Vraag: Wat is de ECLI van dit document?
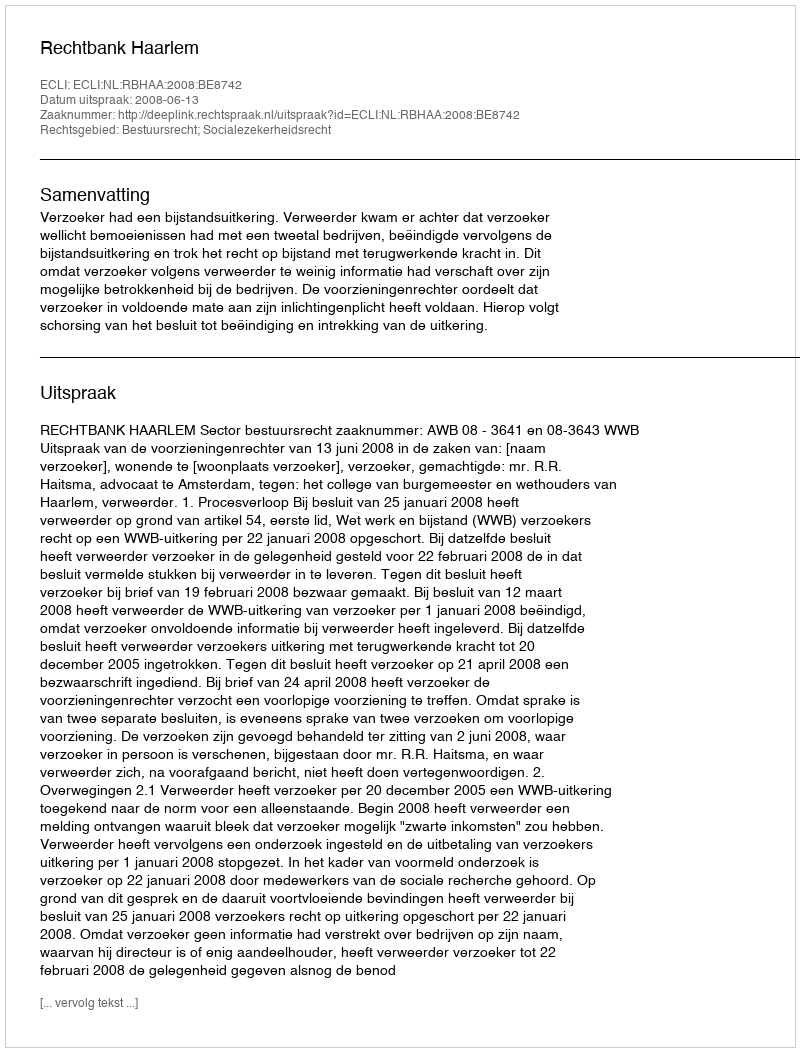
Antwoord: ECLI:NL:RBHAA:2008:BE8742